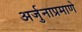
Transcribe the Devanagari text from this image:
अर्जुनाप्रमाणे